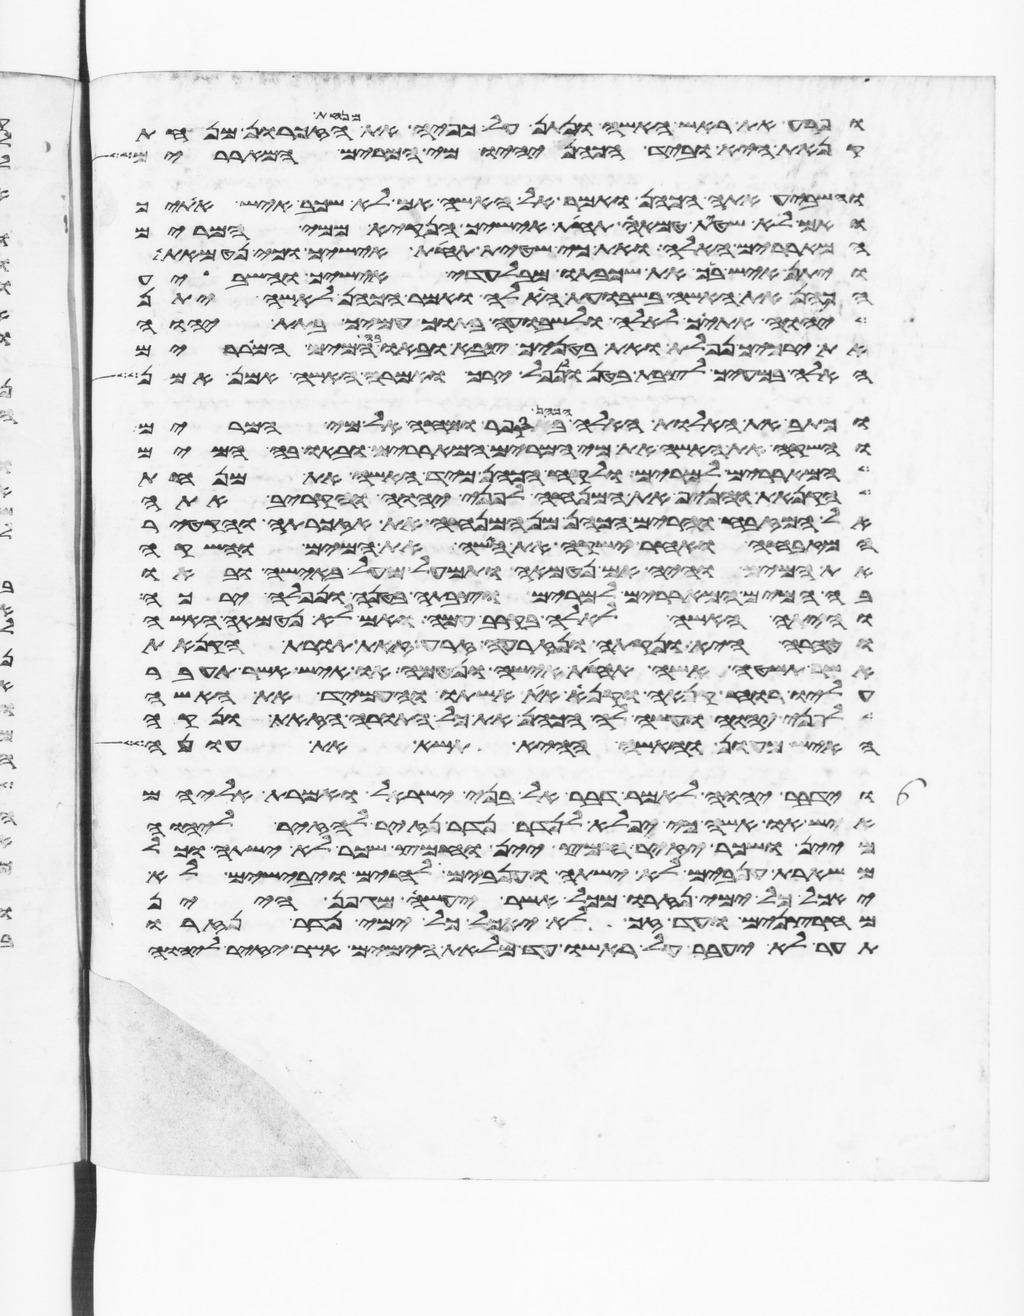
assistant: ופרע את ראש האשה ונתן על כפיה את מנחת הזכרון מנחת
קנאת היא וביד הכהן יהיו מי המרים המאררים
והשביע אתה הכהן ואמר אל האשה אם לא שכב איש אתיך
ואם לא שטית טמאה תחת אישיך הנקי ממי המרים
המאררים האלה ואת כי שטית תחת אישיך וכי נטמאת
ויתן איש ביך את שכבתו מבלעדי אישיך והשביע
הכהן את האשה בשבועת האלה ואמר הכהן לאשה יתן
יהוה אתיך לאלה ולשבועה בתוך עמיך בתת יהוה
את ירכיך נפלת ואת בטניך צבא ובאו המים המאררים
האלה במעיך לצבת בטן ולנפל ירך ואמרה האשה אמן אמן
וכתב את האלות האלה הכהן בספר ומחה אל מי המרים
והשקה את האשה את מי המרים המאררים ובאו בה המים
המאררים למרים ולקח הכהן מיד האשה את מנחת
הקנאת והניף את המנחה לפני יהוה והקריב אתה
אל המזבח והרים הכהן מן המנחה את אזכרתה והקטיר
המזבחה ואחר ישקה את האשה את המים והשקה
את המים והיה אם נטמאה ותמעל מעל באישה ובאו
בה המים המאררים למרים וצבתה בטנה ונפלה ירכה
והיתה האשה לאלה בקרב עמה ואם לא נטמאה האשה
וטהרה היא ונקתה ונזרעה זרע זאת תורת הקנאת
אשר תשטה אשה תחת אישה ונטמאה או איש אשר תעבר
עליו רוח קנאה וקנא את אשתו והעמיד את האשה
לפני יהוה ועשה לה הכהן את כל התורה הזאת ונקה
האיש מעון והאשה ההיא תשא את עונה
וידבר יהוה אל משה לאמר דבר אל בני ישראל ואמרת אליהם
איש או אשה כי יפלא לנדר נדר נזיר להזיר ליהוה
מיין ושכר יזיר חמץ יין וחמץ שכר לא ישתה וכל
משארת ענבים לא ישתה וענבים לחים ויבישים לא
יאכל כל ימי נזרו מכל אשר יעשה מגפן היין
מחרצנים ועד זג לא יאכל כל ימי נדר נזרו
תער לא יעבר על ראשו עד מלאת הימים אשר יזיר ליהוה